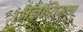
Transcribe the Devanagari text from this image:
प्रज्ञप्तिमात्र